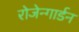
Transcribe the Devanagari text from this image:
रोजेन्गार्डन